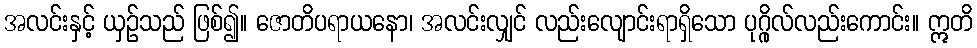
အလင်းနှင့် ယှဉ်သည် ဖြစ်၍။ ဇောတိပရာယနော၊ အလင်းလျှင် လည်းလျောင်းရာရှိသော ပုဂ္ဂိုလ်လည်းကောင်း။ ဣတိ